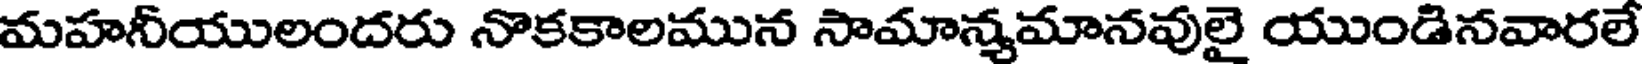
మహనీయులందరు నొకకాలమున సామాన్యమానవులై యుండినవారలే